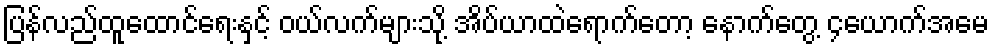
ပြန်လည်ထူထောင်ရေးနှင့် ဝယ်လက်များသို့ အိပ်ယာထဲရောက်တော့ နောက်တွေ့ ၄ယောက်အမေ